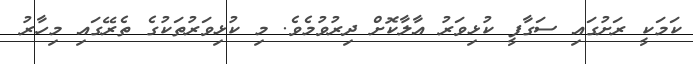
ކަމަކީ ރަށުގައި ސަގާފީ ކުޅިވަރު އާލާކޮށް ދިރުވުމެވެ. މި ކުޅިވަރުތަކުގެ ތެރޭގައި މިހާރު